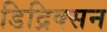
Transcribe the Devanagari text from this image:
डिद्रिक्सन